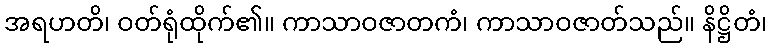
အရဟတိ၊ ဝတ်ရုံထိုက်၏။ ကာသာဝဇာတကံ၊ ကာသာဝဇာတ်သည်။ နိဋ္ဌိတံ၊